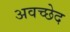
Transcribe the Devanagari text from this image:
अवच्छेद